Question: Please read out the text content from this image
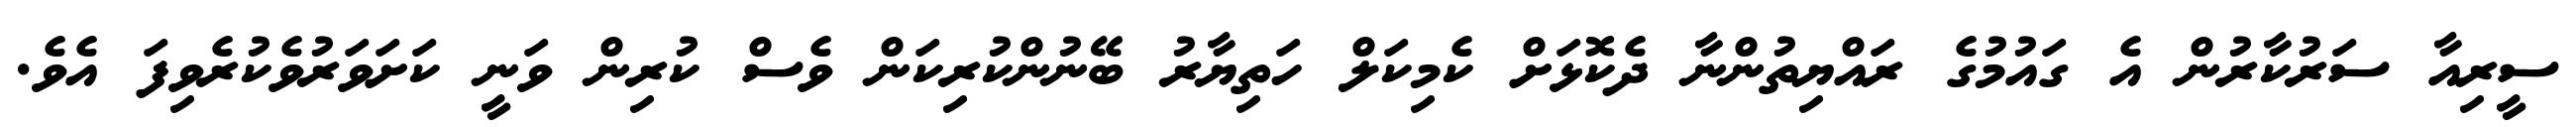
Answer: ސީރިއާ ސަރުކާރުން އެ ގައުމުގެ ރައްޔިތުންނާ ދެކޮޅަށް ކެމިކަލް ހަތިޔާރު ބޭނުންކުރިކަން ވެސް ކުރިން ވަނީ ކަށަވަރުވެކުރެވިފަ އެވެ.